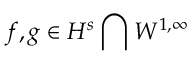
f , g \in H ^ { s } \bigcap W ^ { 1 , \infty }